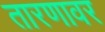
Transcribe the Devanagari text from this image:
तारणावर